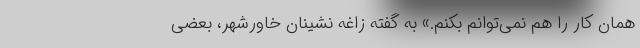
همان کار را هم نمی‌توانم بکنم.» به گفته زاغه نشینانِ خاورشهر، بعضی